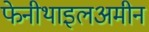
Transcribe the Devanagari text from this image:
फेनीथाइलअमीन